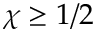
\chi \ge 1 / 2